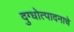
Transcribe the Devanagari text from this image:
दुग्धोत्पादनाचे